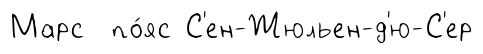
Марс по́яс С'ен-Жюльен-д'ю-С'ер